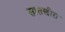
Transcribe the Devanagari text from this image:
सातखीरा